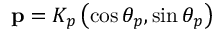
\mathbf { p } = K _ { p } \left( \cos \theta _ { p } , \sin \theta _ { p } \right)